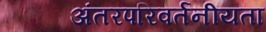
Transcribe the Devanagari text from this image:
अंतरपरिवर्तनीयता